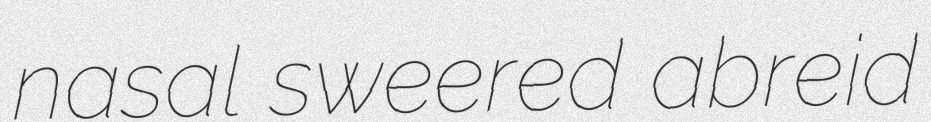
nasal sweered abreid